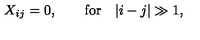
X _ { i j } = 0 , \qquad \mathrm { f o r } \quad | i - j | \gg 1 ,